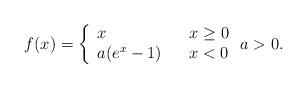
LaTeX: \begin{align*}f(x) =\left\{\begin{array}{lll} x & & x \geq 0 \\ a(e^{x} - 1) & & x < 0\end{array}\right. a > 0 .\end{align*}